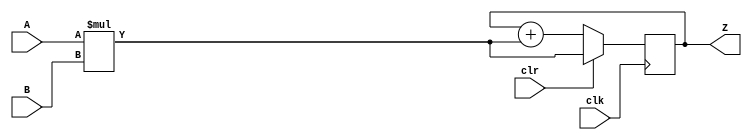
module macc_simple_clr (
    input  wire        clk,
    input  wire        clr,
    input  wire [ 7:0] A,
    input  wire [ 7:0] B,
    output reg  [15:0] Z
);
    always @(posedge clk)
        if (clr) Z <=     (A * B);
        else     Z <= Z + (A * B);
endmodule